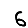
Digit: 6